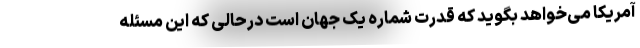
آمریکا می‌خواهد بگوید که قدرت شماره یک جهان است درحالی که این مسئله